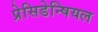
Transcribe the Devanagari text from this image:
प्रेसिडेन्षियल